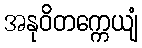
အနုဝိတက္ကေယျံ